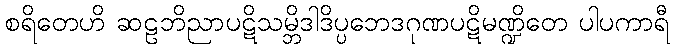
စရိတေဟိ ဆဠဘိညာပဋိသမ္ဘိဒါဒိပ္ပဘေဒဂုဏပဋိမဏ္ဍိတေ ပါပကာရီ